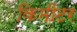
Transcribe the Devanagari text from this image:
किमीटर